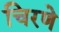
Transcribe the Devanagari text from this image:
चिरणे